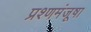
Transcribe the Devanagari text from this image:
प्रश्णमंजूषा